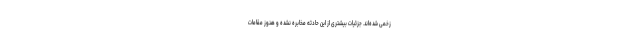
زخمی شده‌اند. جزئیات بیشتری از این حادثه مخابره نشده و هنوز مقامات